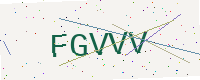
Text: FGVVV